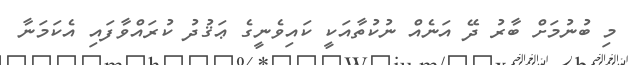
މި ބުނުމަށް ބާރު ދޭ އަނެއް ނުކުތާއަކީ ކައިވެނީގެ ޢަޤުދު ކުރައްވާފައި އެކަމަނާ